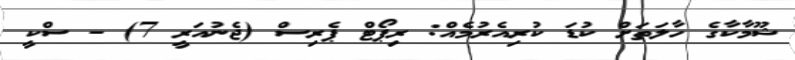
ޝޫމާކާގެ ހާލަތަށް ކުޑަ ކުރިއެރުމެއް: ރިޕޯޓް ޕެރިސް (ޖެނުއަރީ 7) - ސްކީ